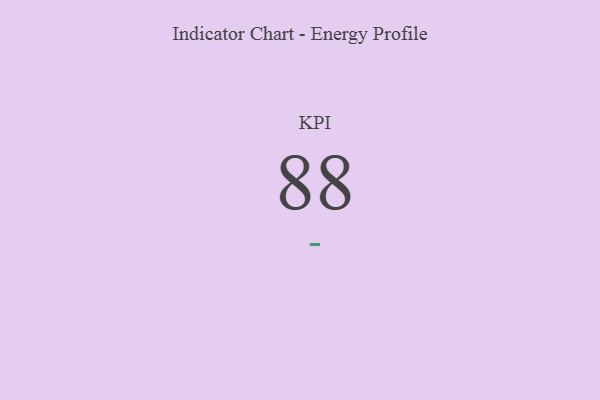
{"axis": {"x": "KPI", "y": "Value"}, "legend": [""], "data": [{"x": "KPI", "y": 88, "type": ""}]}